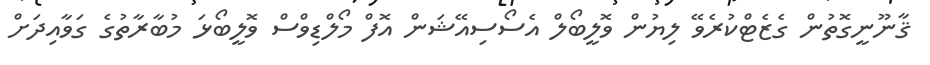
ޤާނޫނީގޮތުން ގެޒެޓްކުރެވޭ ލިޔުން ވޮލީބޯލް އެސޯސިއޭޝަން އޮފް މޯލްޑިވްސް ވޮލީބޯޅަ މުބާރާތުގެ ގަވާއިދަށް